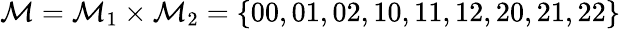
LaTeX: \mathcal{M}=\mathcal{M}_{1}\times\mathcal{M}_{2}=\{ 00,01,02,10,11,12,20,21,22\}